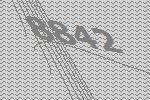
8842